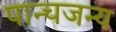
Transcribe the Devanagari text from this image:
पान्चजन्य